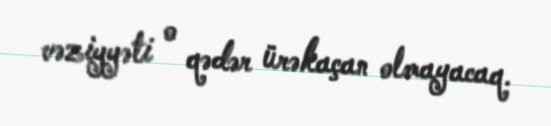
vəziyyəti o qədər ürəkaçan olmayacaq.